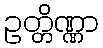
ဥတ္တိဏ္ဏာ